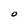
Character: O